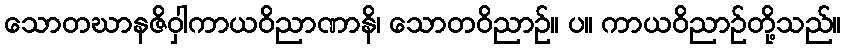
သောတဃာနဇိဝှါကာယဝိညာဏာနိ၊ သောတဝိညာဉ်။ ပ။ ကာယဝိညာဉ်တို့သည်။